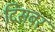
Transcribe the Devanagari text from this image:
दिसबर